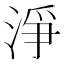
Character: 淨